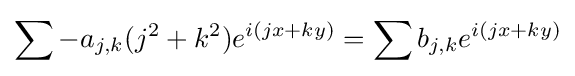
\sum -a_{j,k}(j^{2}+k^{2})e^{i(jx+ky)}=\sum b_{j,k}e^{i(jx+ky)}